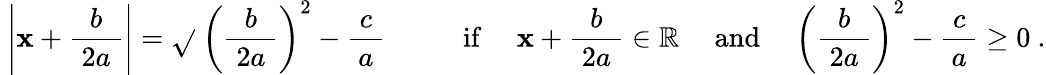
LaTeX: \ {\Biggl|}\mathbf{x}+{\frac{{b}}{{\ 2a\ }}}{\Biggr|}={\sqrt{}{{\ \left({\frac{{b}}{{\ 2a\ }}}\right)^{2}-{\frac{{\ c\ }}{{a}}}~~}}}\qquad\mathrm{{~if~}}\quad\mathbf{x}+{\frac{{b}}{{\ 2a\ }}}\in\mathbb{{R}}\quad\mathrm{{~and~}}\quad\left({\frac{{b}}{{\ 2a\ }}}\right)^{2}-{\frac{{\ c\ }}{{a}}}\geq0~.